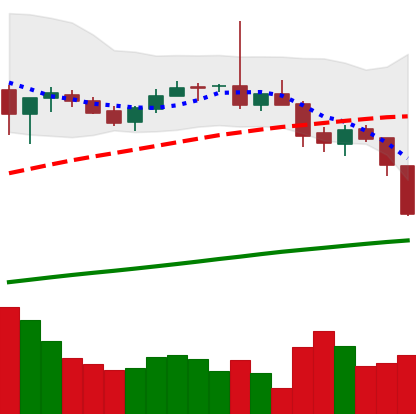
Ticker: BTC-USD
Chart end date: 2017-07-15
Forward return: 40.96%
Label: up_7plus